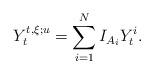
LaTeX: \begin{align*}Y_{t}^{t,\xi ;u}=\sum_{i=1}^{N}I_{A_{i}}Y_{t}^{i}. \end{align*}